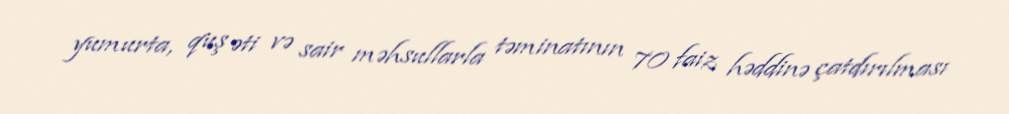
yumurta, quş əti və sair məhsullarla təminatının 70 faiz həddinə çatdırılması